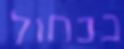
בכחול